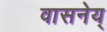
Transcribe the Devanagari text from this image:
वासनेय्